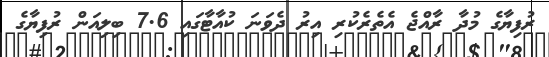
ރުފިޔާގެ މުދާ ރާއްޖެ އެތެރެކުރި އިރު ދެވަނަ ކުއާޓާގައި 7.6 ބިލިއަން ރުފިޔާގެ